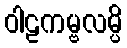
ဝါဠကမ္ဗလမ္ပိ